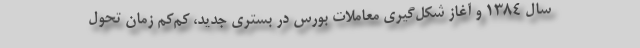
سال 1384 و آغاز شکل‌گیری معاملات بورس در بستری جدید، کم‌کم زمان تحول